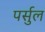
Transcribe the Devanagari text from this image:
पर्सुल